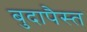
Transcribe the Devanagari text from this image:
बुदापैस्त